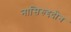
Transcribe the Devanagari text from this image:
नासिरुद्ददीन